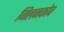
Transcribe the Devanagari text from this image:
जिलनकोव